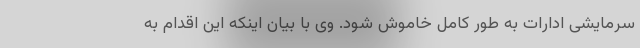
سرمایشی ادارات به طور کامل خاموش شود. وی با بیان اینکه این اقدام به